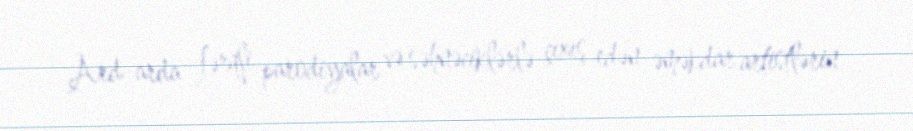
Ard-arda fərqli parodiyalar və səhnəciklərlə çıxış edən əməkdar artistlərin